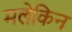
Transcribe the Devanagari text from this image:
मलेकिन